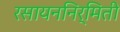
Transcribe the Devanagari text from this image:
रसायननिर्मिती